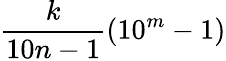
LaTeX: {\frac{k}{10n-1}}(10^{m}-1)